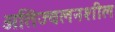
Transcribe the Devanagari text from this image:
अतिज्वलनशील